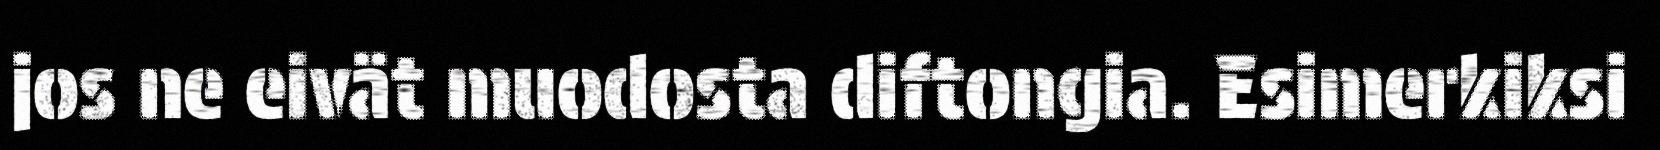
jos ne eivät muodosta diftongia. Esimerkiksi